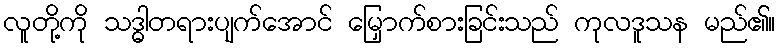
လူတို့ကို သဒ္ဓါတရားပျက်အောင် မြှောက်စားခြင်းသည် ကုလဒူသန မည်၏။